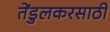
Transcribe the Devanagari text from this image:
तेंडुलकरसाठी